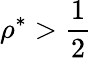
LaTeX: \rho^{*}>\frac{1}{2}